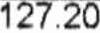
127.20